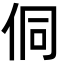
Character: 侗